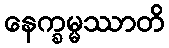
နေက္ခမ္မဿာတိ